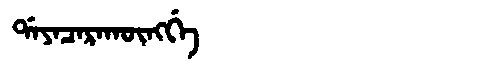
Manchu: ᡩᠠᠶᠠᠴᠠᡵᠠᡴᡡᠩᡤᡝ
Romanization: DAYACARAKŪNGGE